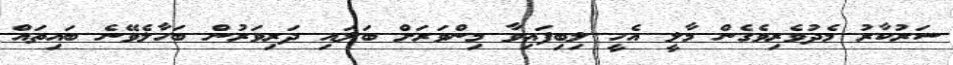
ސަރުކާރު މެދުވެރިވެގެން މާލީ އެހީ ލިބިފައިވާ މިންވަރަށް ބަލައި ދަރިވަރުން ބަހާލެވޭނެ ބައިތައް